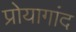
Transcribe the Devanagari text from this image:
प्रोयागांद